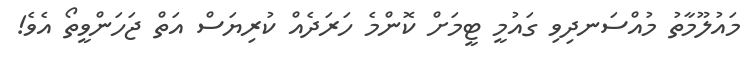
މައުލޫމާތު މުއްސަނދިވި ގައުމީ ޓީމަށް ކޮންމެ ހަރަދެއް ކުރިޔަސް އަތް ޖަހަންވީތޯ އެވެ!